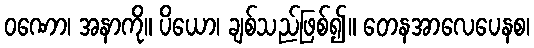
ဝဏော၊ အနာကို။ ပိယော၊ ချစ်သည်ဖြစ်၍။ တေနအာလေပေနစ၊